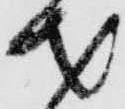
才